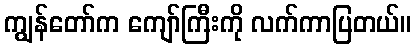
ကျွန်တော်က ကျော်ကြီးကို လက်ကာပြတယ်။